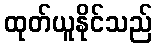
ထုတ်ယူနိုင်သည်